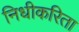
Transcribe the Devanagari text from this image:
निधीकरिता